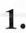
1.